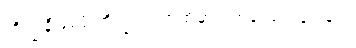
ဘိက္ခုနီဖြစ်ဖို့ ဘိက္ခုသံဃာထံမှာ ရဟန်းထပ်ပြုရခြင်း